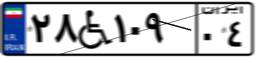
۲۱W۱۹۹۳۴